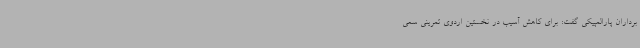
برداران پارالمپیکی گفت: برای کاهش آسیب در نخستین اردوی تمرینی سعی